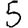
Digit: 5